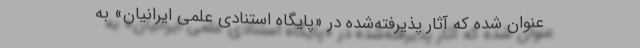
عنوان شده که آثار پذیرفته‌شده در «پایگاه استنادی علمی ایرانیان» به